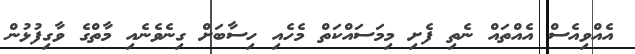
އެއްވިއެސް އެއްތައް ނެތި ފެށި މިމަސައްކަތް މެހެއި ހިސާބަށް ގިނެވެނެއި މާތްގެ ވާގިފުޅުން